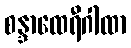
စန္ဒာထေရီဂါထာ